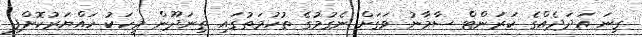
ގިނަ އަދަދެއްގެ ކަރަންޓް ސާމާނު ވަގަށް ނެގުމުގެ ތުހުމަތުގައި ތިނަދޫން މީހަކު ހައްޔަރުކޮށްފި